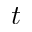
t